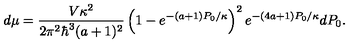
d \mu = \frac { V \kappa ^ { 2 } } { 2 \pi ^ { 2 } \hbar ^ { 3 } ( a + 1 ) ^ { 2 } } \left( 1 - e ^ { - ( a + 1 ) P _ { 0 } / \kappa } \right) ^ { 2 } e ^ { - ( 4 a + 1 ) P _ { 0 } / \kappa } d P _ { 0 } .